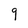
Character: 9